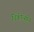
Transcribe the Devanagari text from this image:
चिकीत्सीय